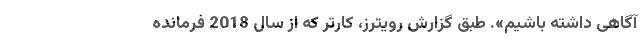
آگاهی داشته باشیم». طبق گزارش رویترز، کارتر که از سال 2018 فرمانده